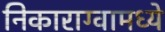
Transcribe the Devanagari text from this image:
निकाराग्वामध्ये